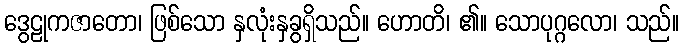
ဒွေဠုကဇာတော၊ ဖြစ်သော နှလုံးနှခွရှိသည်။ ဟောတိ၊ ၏။ သောပုဂ္ဂလော၊ သည်။